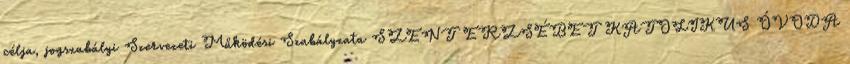
célja, jogszabályi Szervezeti Működési Szabályzata SZENT ERZSÉBET KATOLIKUS ÓVODA